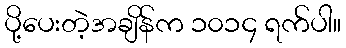
ပို့ပေးတဲ့အချိန်က ၁၀၁၄ ရက်ပါ။